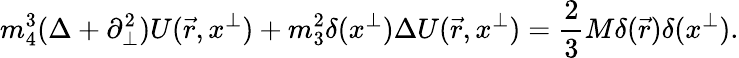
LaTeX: m_{4}^{3}(\Delta+\partial_{\perp}^{2})U(\vec{r},x^{\perp})+m_{3}^{2}\delta(x^{\perp})\Delta U(\vec{r},x^{\perp})=\frac{2}{3}M\delta(\vec{r})\delta(x^{\perp}).